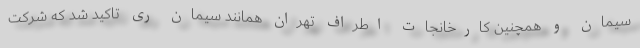
سیمان و همچنین کارخانجات اطراف تهران همانند سیمان ری تاکید شد که شرکت